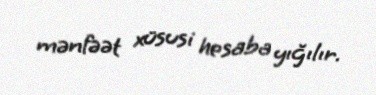
mənfəət xüsusi hesaba yığılır.